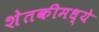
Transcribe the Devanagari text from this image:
शेतकीमध्ये